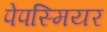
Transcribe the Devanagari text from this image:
पेपस्मियर